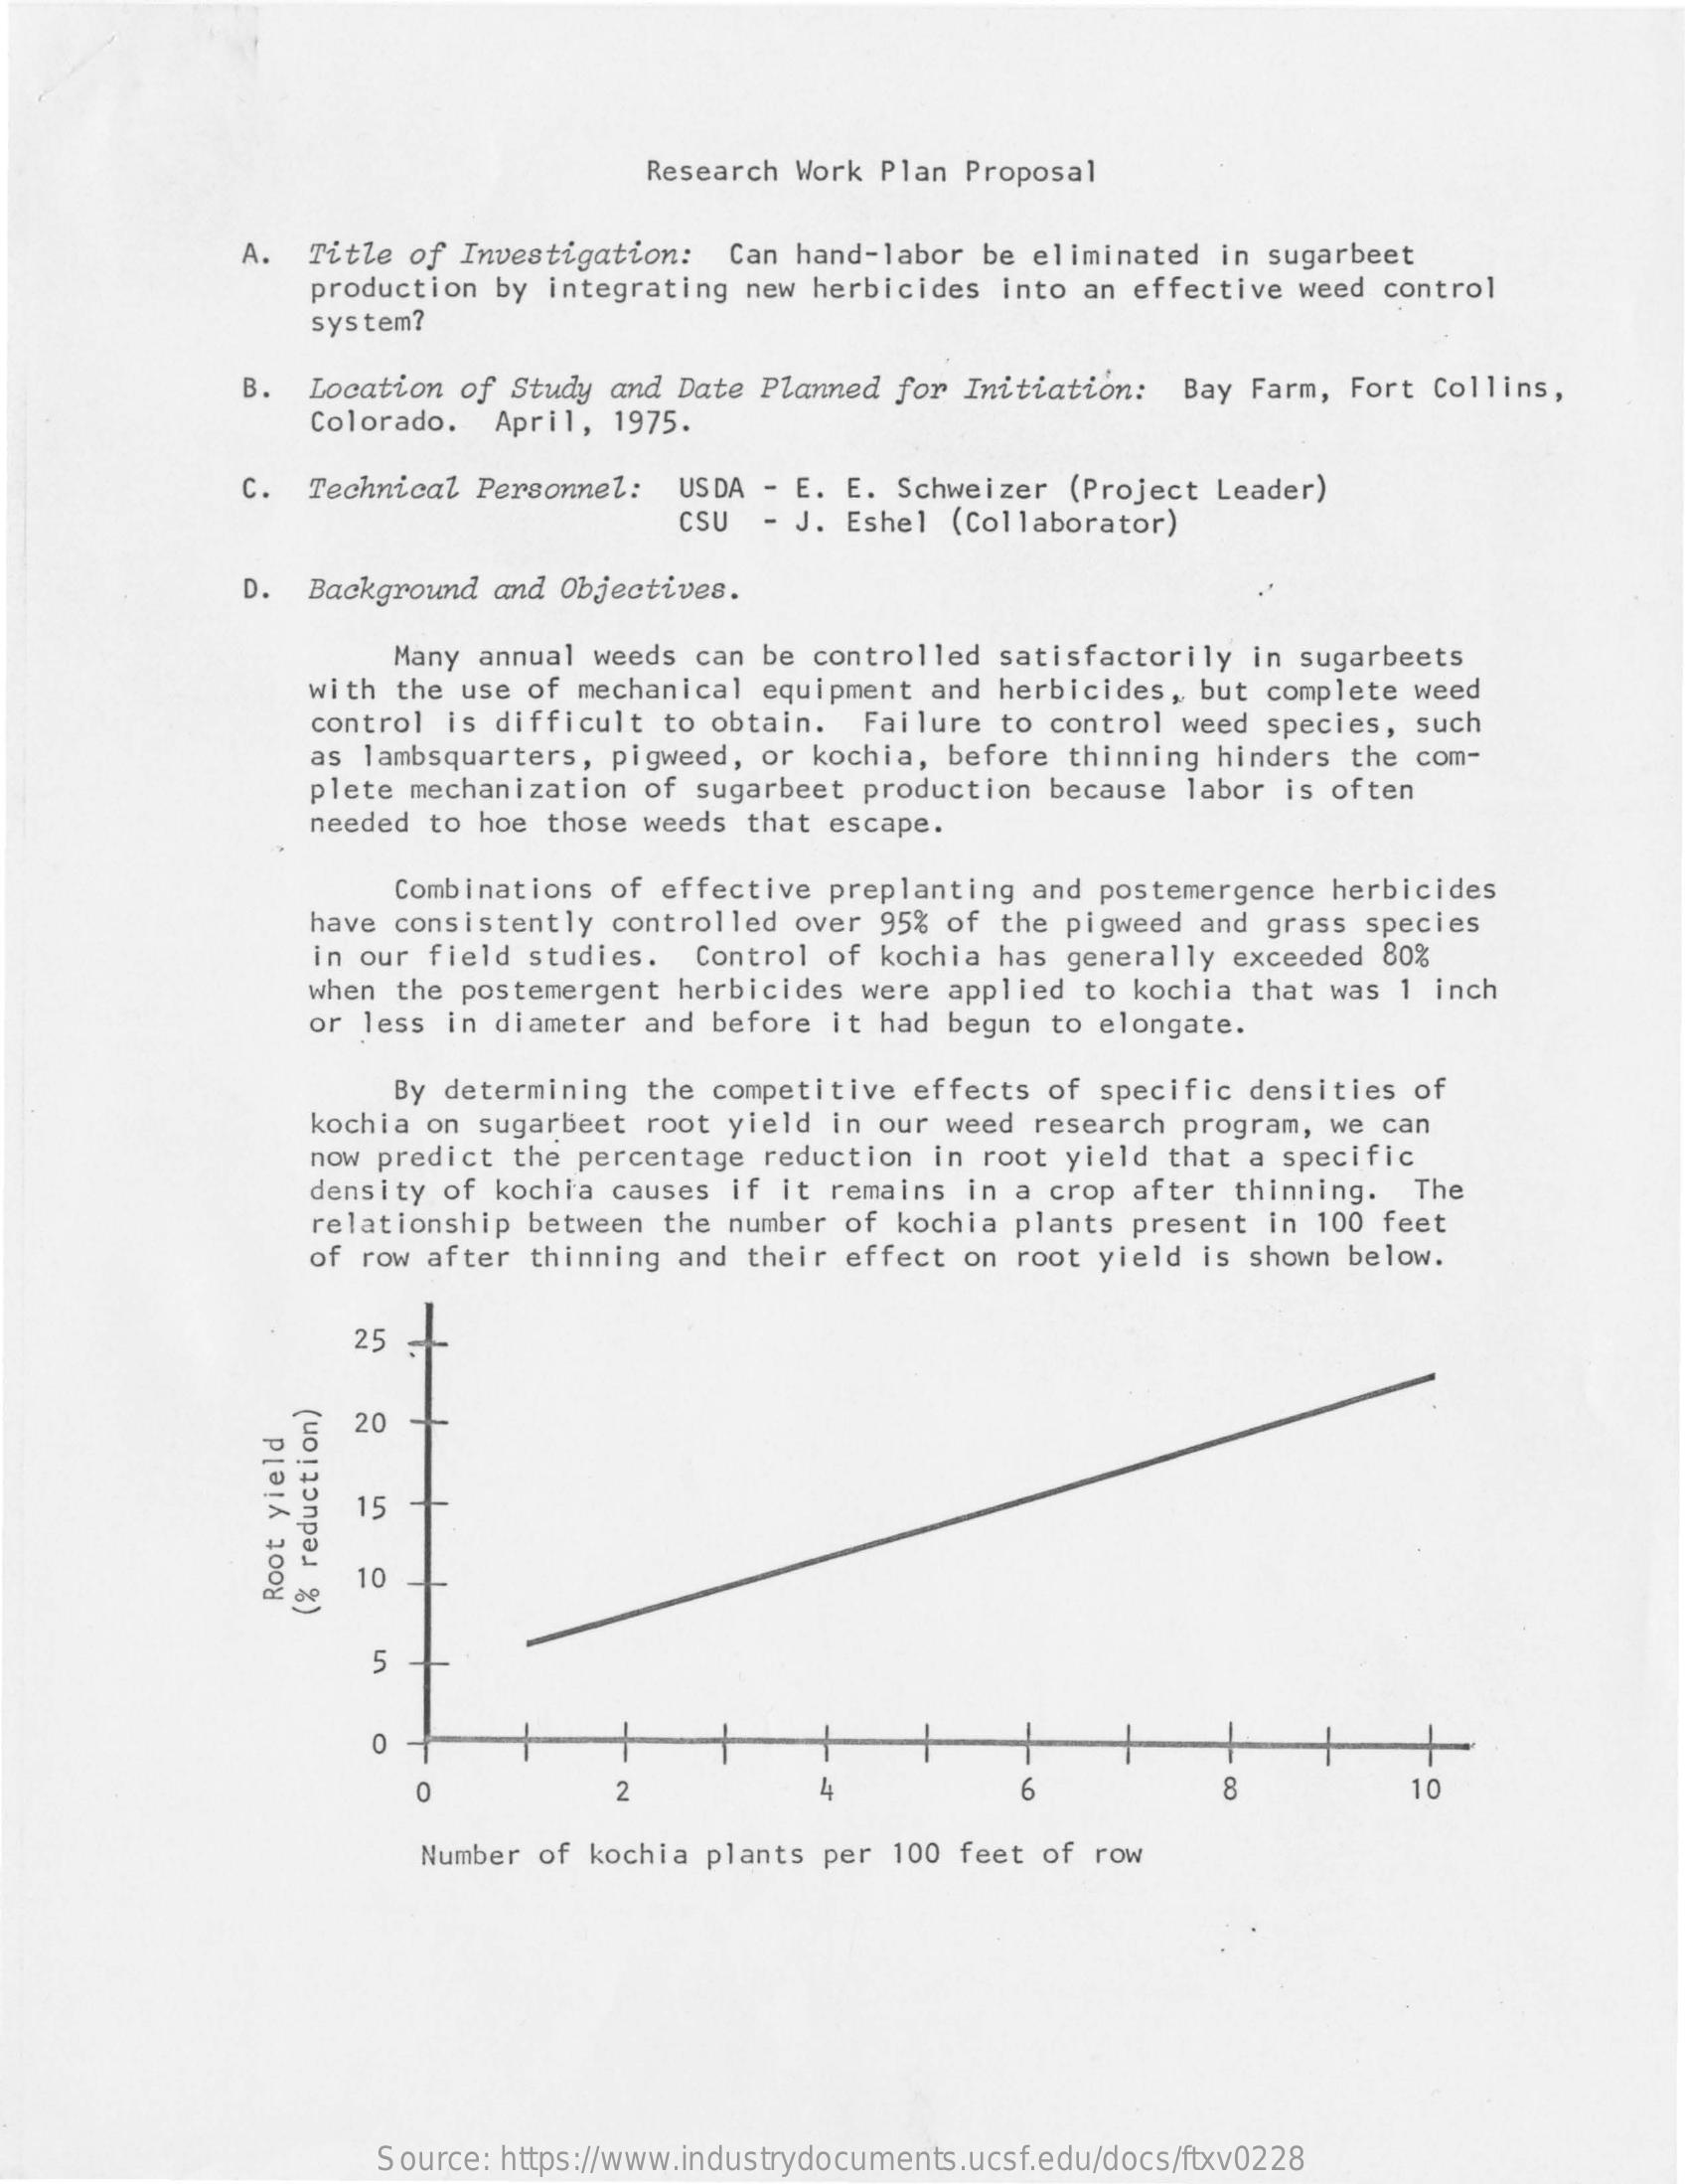
Research Work Plan Proposal
     A. Title of Investigation: Can hand-labor be eliminated in sugarbeet
     production by integrating new herbicides into an effective weed control
     system?
     B. Location of Study and Date Planned for Initiation: Bay Farm, Fort Collins,
     Colorado. April, 1975.
     C. Technical Personnel: USDA - E. E. Schweizer (Project Leader)
     CSU - J. Eshel (Collaborator)
     D. Background and Objectives.
     Many annual weeds can be controlled satisfactorily in sugarbeets
     with the use of mechanical equipment and herbicides, but complete weed
     control is difficult to obtain. Failure to control weed species, such
     as lambsquarters, pigweed, or kochia, before thinning hinders the com-
     plete mechanization of sugarbeet production because labor is often
     needed to hoe those weeds that escape.
     Combinations of effective preplanting and postemergence herbicides
     have consistently controlled over 95% of the pigweed and grass species
     in our field studies. Control of kochia has generally exceeded 80%
     when the postemergent herbicides were applied to kochia that was 1 inch
     or less in diameter and before it had begun to elongate.
     By determining the competitive effects of specific densities of
     kochia on sugarbeet root yield in our weed research program, we can
     now predict the percentage reduction in root yield that a specific
     density of kochia causes if it remains in a crop after thinning. The
     relationship between the number of kochia plants present in 100 feet
     of row after thinning and their effect on root yield is shown below.
     25
     20
     15
     10 Root
     yield
     (%
     reduction)
     5
     O
     2    4    6    8    10 O
     Number of kochia plants per 100 feet of row
     Source: https://www.industrydocuments.ucsf.edu/docs/ftxv0228